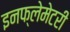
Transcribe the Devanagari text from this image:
इनफ्लेमेटरी